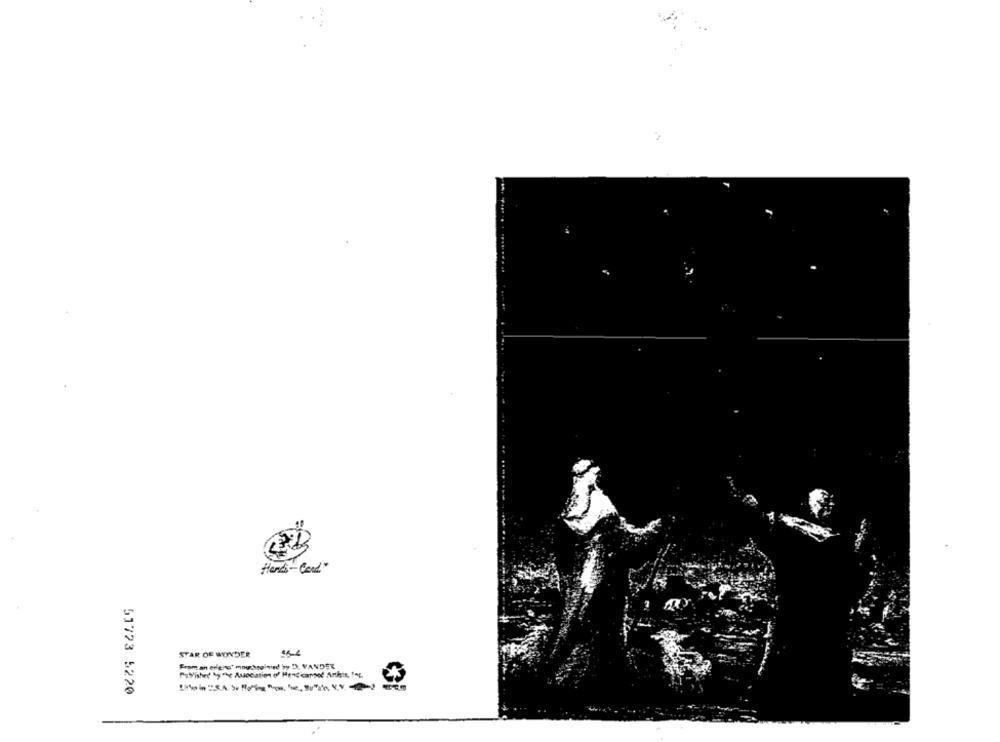
Hands-Cond"
STAR OF WONDER
Eram an erleho' mouthsalmed by D. VANDER
Published by the Association of Headcarsol Ankis, Ing.
51723 5220